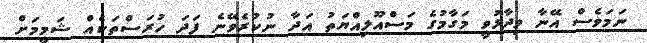
ނަމަވެސް އޭނާ ވިދާޅުވީ މަގާމުގެ މަސްއޫލިއްޔަތު އަދާ ނުކުރެވޭނެ ފަދަ ހުރަސްތަކެއް ޝަމީމަށް